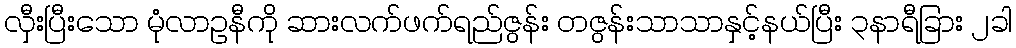
လှီးပြီးသော မုံလာဥနီကို ဆားလက်ဖက်ရည်ဇွန်း တဇွန်းသာသာနှင့်နယ်ပြီး ၃နာရီခြား ၂ခါ